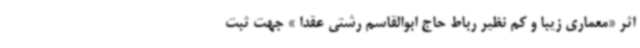
اثر «معماری زیبا و کم نظیر رباط حاج ابوالقاسم رشتی عقدا » جهت ثبت